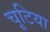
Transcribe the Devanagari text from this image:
चूटिया